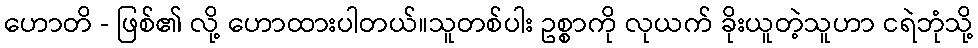
ဟောတိ - ဖြစ်၏ လို့ ဟောထားပါတယ်။သူတစ်ပါး ဥစ္စာကို လုယက် ခိုးယူတဲ့သူဟာ ငရဲဘုံသို့